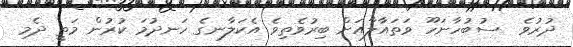
ދުރުވެ  ސުބުހާނަހޫ ވަތައާލާއަށް ބިރުވެތިވެ އެކަލާނގެ ހަނދުމަ ކުރުން މަތީ ދެމި